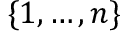
\{ 1 , \ldots , n \}